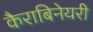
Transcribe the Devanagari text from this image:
कैराबिनेयरी